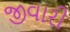
જીવારી